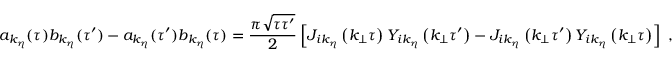
a _ { k _ { \eta } } ( \tau ) b _ { k _ { \eta } } ( \tau ^ { \prime } ) - a _ { k _ { \eta } } ( \tau ^ { \prime } ) b _ { k _ { \eta } } ( \tau ) = \frac { \pi \sqrt { \tau \tau ^ { \prime } } } { 2 } \left[ J _ { i k _ { \eta } } \left( k _ { \bot } \tau \right) Y _ { i k _ { \eta } } \left( k _ { \bot } \tau ^ { \prime } \right) - J _ { i k _ { \eta } } \left( k _ { \bot } \tau ^ { \prime } \right) Y _ { i k _ { \eta } } \left( k _ { \bot } \tau \right) \right] \; ,